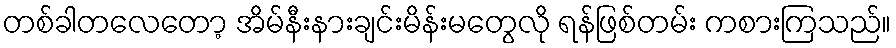
တစ်ခါတလေတော့ အိမ်နီးနားချင်းမိန်းမတွေလို ရန်ဖြစ်တမ်း ကစားကြသည်။